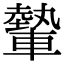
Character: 𨎐